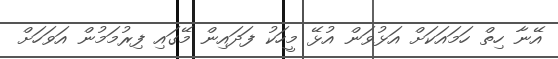
އޭނާ ހިތް ހަމައަކަށް އަޅުވަން އުޅޭ މީހަކު ފަދައިން މޭގައި ފިރުމަމުން އަވަހަށް